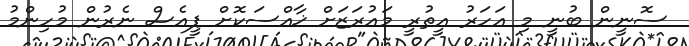
ސޮނީން ބުނީ މި އަހަރު އީތުރީ މައުރަޒަށް ޚާއްސަކޮށް ޕީއެސް ނެރުން މުހިންމު